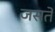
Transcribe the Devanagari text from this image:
जसते